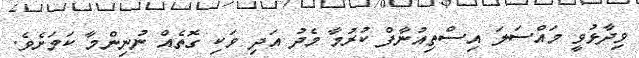
ވިދާޅުވީ މައްސަލަ އިސްތިއުނާފް ކުރުމާ މެދު އަދި ވަކި ގޮތެއް ނުނިންމާ ކަމަށެވެ.